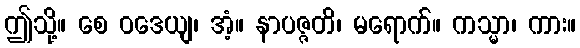
ဤသို့။ စေ ဝဒေယျ၊ အံ့။ နာပဇ္ဇတိ၊ မရောက်။ ကသ္မာ၊ ကား။